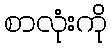
စာလုံးကို